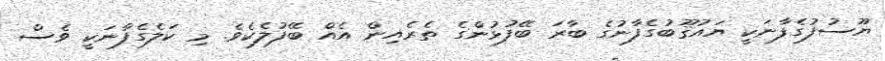
ޔޫސުފުގެފާނަކީ ޔައުޤޫބުގެފާނުގެ ބާރަ ބޭފުޅުންގެ ތެރެއިން އެއް ބޭފުލެކެވެ. މި ކަލެގެފާނަކީ ވެސް